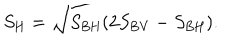
S _ { \mathrm { H } } = \sqrt { S _ { \mathrm { B H } } ( 2 S _ { \mathrm { B V } } - S _ { \mathrm { B H } } ) } .